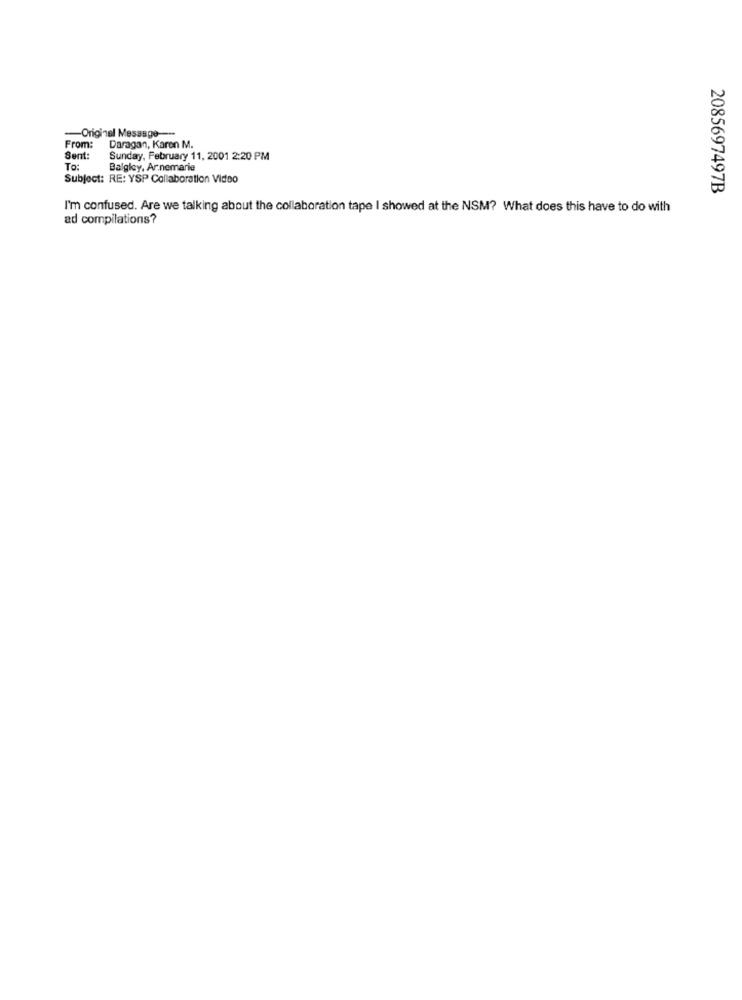
-Original Message ----
From:
Daragan, Karen M.
Sent:
Sunday, February 11, 2001 2:20 PM
To:
Balgley, Ar.nemarie
Subject: RE: YSP Collaboration Video
2085697497B
I'm confused. Are we talking about the collaboration tape I showed at the NSM? What does this have to do with
ad compilations?